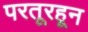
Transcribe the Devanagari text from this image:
परतूरहून